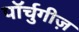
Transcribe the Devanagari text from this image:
पॉर्चुगीज़